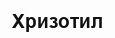
Хризотил